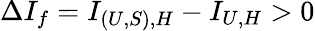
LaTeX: \Delta I_{f}=I_{(U,S),H}-I_{U,H}>0